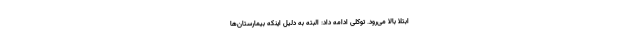
ابتلا بالا می‌رود. توکلی ادامه داد: البته به دلیل اینکه بیمارستان‌ها